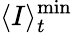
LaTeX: \langle I\rangle_{t}^{\mathrm{min}}